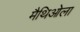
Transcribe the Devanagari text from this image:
मैथिओला